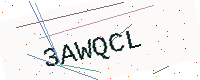
Text: 3AWQCL